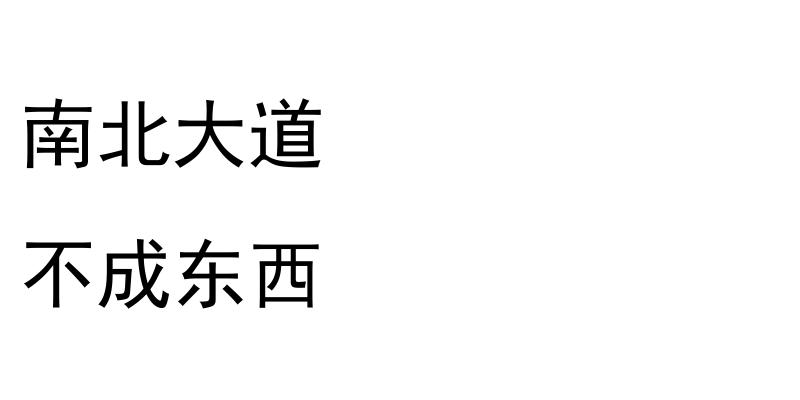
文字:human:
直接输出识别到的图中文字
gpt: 南北大道 不成东西